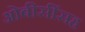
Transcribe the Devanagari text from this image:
ओबीसींसह